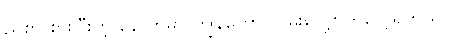
ညစာ စားပြီးတဲ့ နောက်မှာ ကျွန်တော် လမ်းလျှောက်လေ့ရှိတယ်။